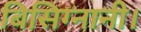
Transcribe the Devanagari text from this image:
बिसिग्नानी।